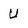
Character: U